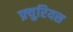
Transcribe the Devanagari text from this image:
फ़्युरियस